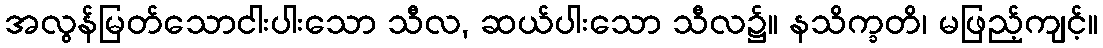
အလွန်မြတ်သောငါးပါးသော သီလ, ဆယ်ပါးသော သီလ၌။ နသိက္ခတိ၊ မဖြည့်ကျင့်။